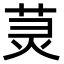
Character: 𫟑